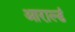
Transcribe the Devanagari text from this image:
आराल्डं